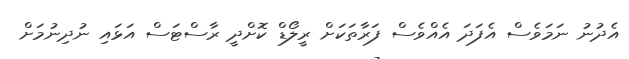
އެދުނު ނަމަވެސް އެފަދަ އެއްވެސް ފަރާތަކަށް ރީލޯޑް ކޮށްދީ ރާސްޓަސް އަޅައި ނުދިނުމަށް